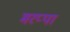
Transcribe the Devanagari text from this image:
मरप्पा